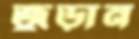
জুড়ান